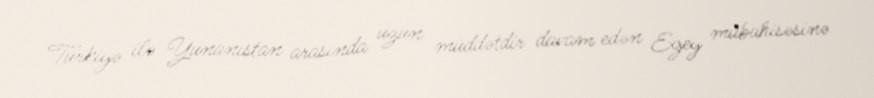
Türkiyə ilə Yunanıstan arasında uzun müddətdir davam edən Egey mübahisəsinə